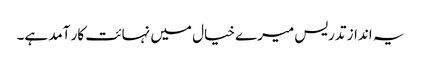
یہ انداز تدریس میرے خیال میں نہائت کار آمد ہے۔